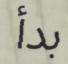
بدأ